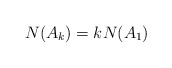
\begin{align*}N(A_{k})= k N(A_{1}) \end{align*}